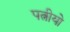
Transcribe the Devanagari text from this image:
पत्नीयो